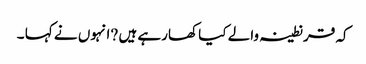
کہ قرنطینہ والے کیا کھارہے ہیں ?انہوں نے کہا ۔